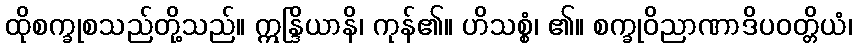
ထိုစက္ခုစသည်တို့သည်။ ဣန္ဒြိယာနိ၊ ကုန်၏။ ဟိသစ္စံ၊ ၏။ စက္ခုဝိညာဏာဒိပဝတ္တိယံ၊